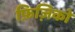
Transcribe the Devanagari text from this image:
फ़िज़िको